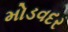
મોડવદર